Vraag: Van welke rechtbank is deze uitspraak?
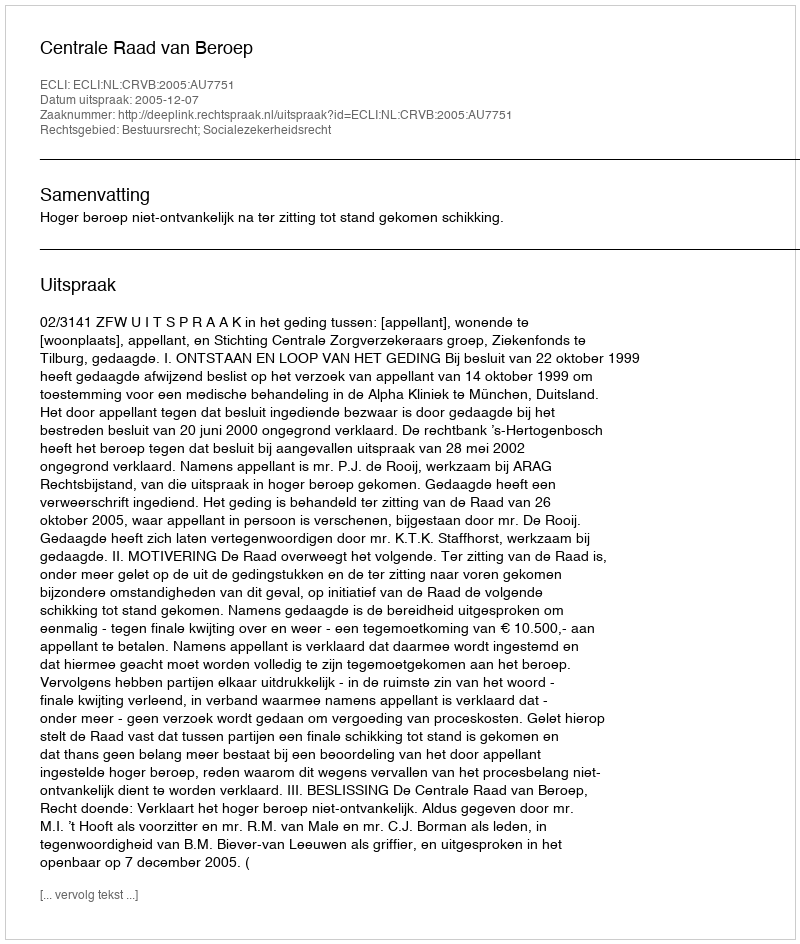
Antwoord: Centrale Raad van Beroep